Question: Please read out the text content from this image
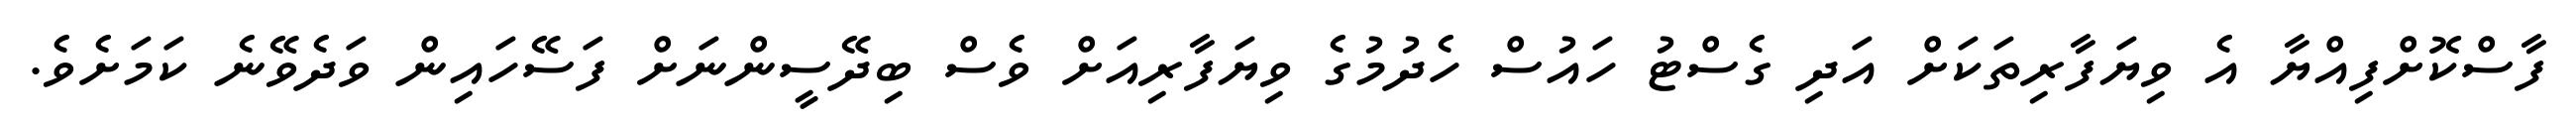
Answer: ފާސްކޮށްފިއްޔާ އެ ވިޔަފާރިތަކަށް އަދި ގެސްޓު ހައުސް ހެދުމުގެ ވިޔަފާރިއަށް ވެސް ބިދޭސީންނަށް ފަސޭހައިން ވަދެވޭނެ ކަމަށެވެ.